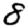
Digit: 8